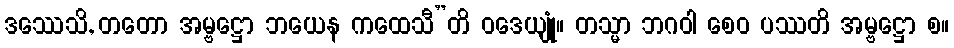
ဒဿေသိ, တတော အမ္ဗဋ္ဌော ဘယေန ကထေသီ”တိ ဝဒေယျုံ။ တသ္မာ ဘဂဝါ စေဝ ပဿတိ အမ္ဗဋ္ဌော စ။